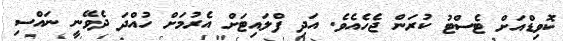
ކޮވިޑްއަށް ޓެސްޓު ކުރަން ޖެހެއެވެ. އަދި ފްލައިޓަށް އެރުމަށް ހުއްދަ ދެވޭނީ ނައްސި